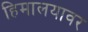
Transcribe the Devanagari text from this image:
हिमालयावर